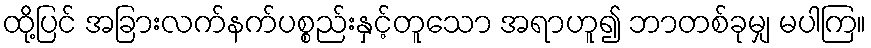
ထို့ပြင် အခြားလက်နက်ပစ္စည်းနှင့်တူသော အရာဟူ၍ ဘာတစ်ခုမျှ မပါကြ။